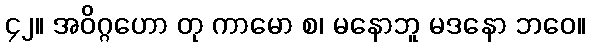
၄၂။ အဝိဂ္ဂဟော တု ကာမော စ၊ မနောဘူ မဒနော ဘဝေ။